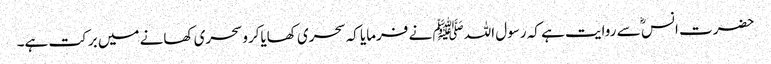
حضرت انس ؓ سے روایت ہے کہ رسول اللہﷺ نے فرمایا کہ سحری کھایاکرو سحری کھانے میں برکت ہے۔